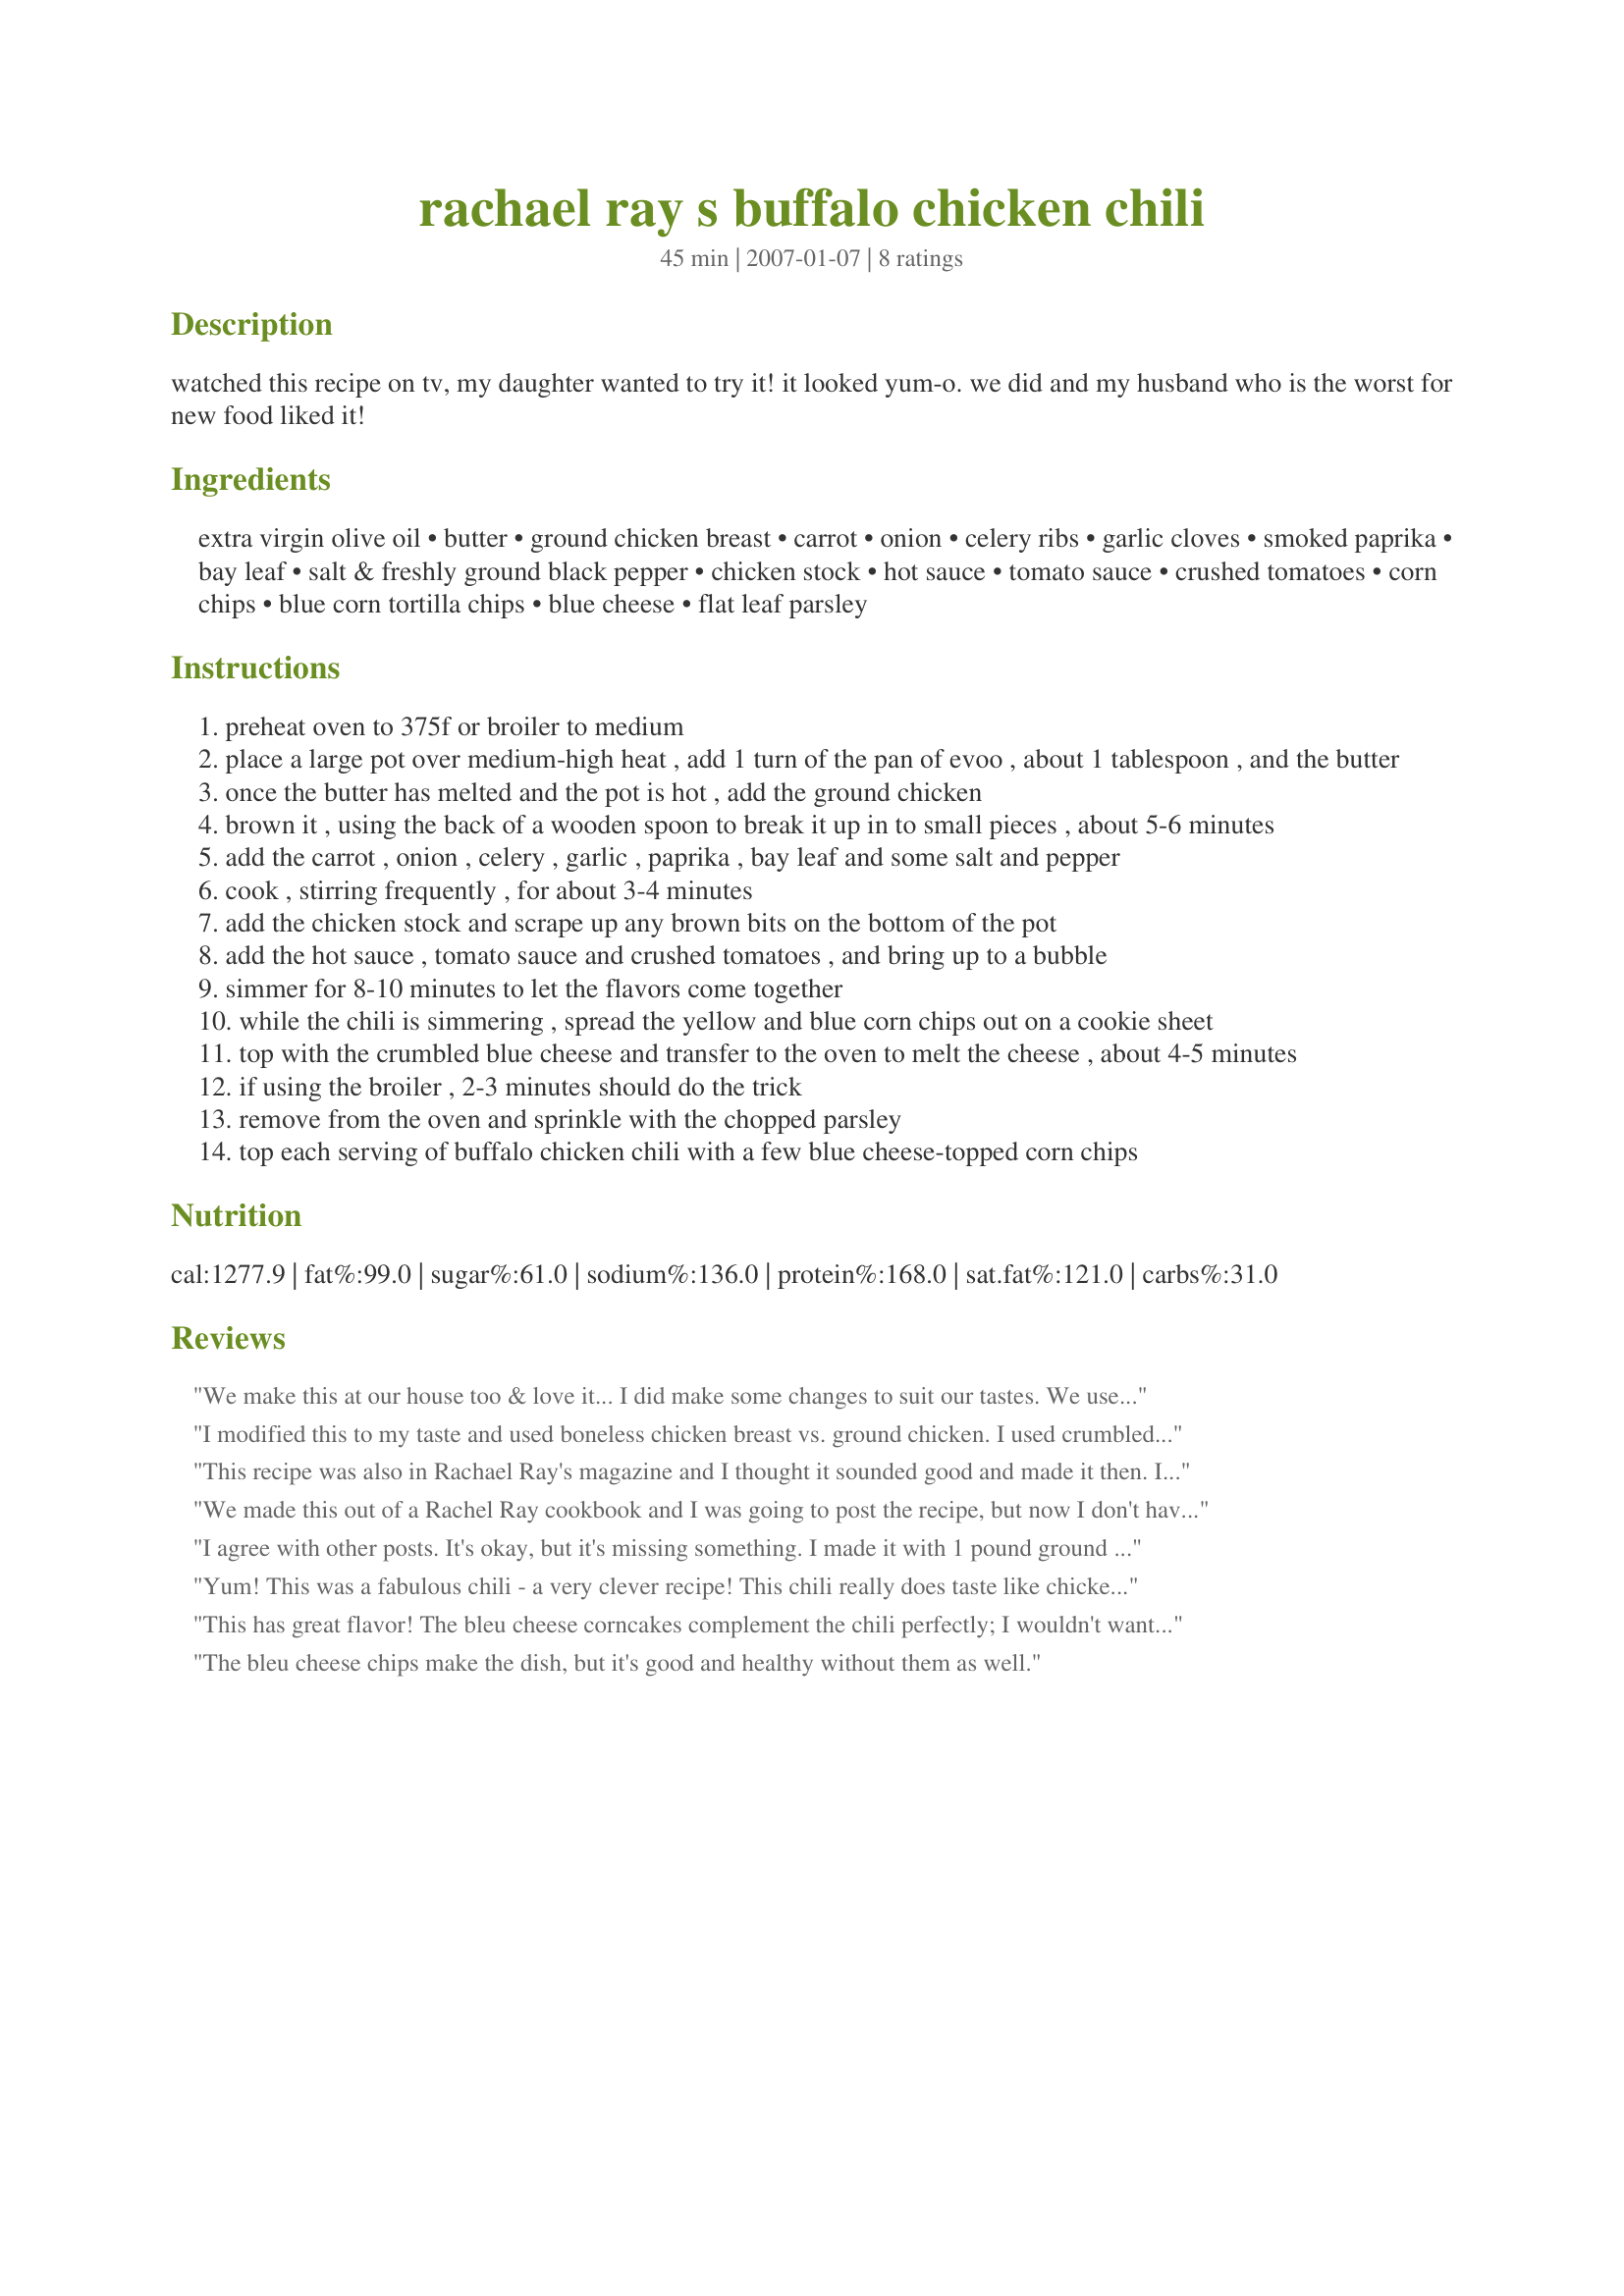
rachael ray s buffalo chicken chili
Preparation time: 45 minutes

watched this recipe on tv, my daughter wanted to try it! it looked yum-o. we did and my husband who is the worst for new food liked it!

Ingredients:
extra virgin olive oil, butter, ground chicken breast, carrot, onion, celery ribs, garlic cloves, smoked paprika, bay leaf, salt & freshly ground black pepper, chicken stock, hot sauce, tomato sauce, crushed tomatoes, corn chips, blue corn tortilla chips, blue cheese, flat leaf parsley

Steps:
preheat oven to 375f or broiler to medium
place a large pot over medium-high heat , add 1 turn of the pan of evoo , about 1 tablespoon , and the butter
once the butter has melted and the pot is hot , add the ground chicken
brown it , using the back of a wooden spoon to break it up in to small pieces , about 5-6 minutes
add the carrot , onion , celery , garlic , paprika , bay leaf and some salt and pepper
cook , stirring frequently , for about 3-4 minutes
add the chicken stock and scrape up any brown bits on the bottom of the pot
add the hot sauce , tomato sauce and crushed tomatoes , and bring up to a bubble
simmer for 8-10 minutes to let the flavors come together
while the chili is simmering , spread the yellow and blue corn chips out on a cookie sheet
top with the crumbled blue cheese and transfer to the oven to melt the cheese , about 4-5 minutes
if using the broiler , 2-3 minutes should do the trick
remove from the oven and sprinkle with the chopped parsley
top each serving of buffalo chicken chili with a few blue cheese-topped corn chips

Reviews:
We make this at our house too & love it... I did make some changes to suit our tastes. We use chicken cubed instead of ground & We also add a jar of northern beans drained.
I modified this to my taste and used boneless chicken breast vs. ground chicken. I used crumbled bleu cheese and celery as garnish instead of the tortillas. Made it spicier and more garlicky. It was tied in first place in the chili cook off I entered. (I&#039;m not sure what I&#039;ll do with the second Crock-Pot I won...) This is a great base recipe.
This recipe was also in Rachael Ray's magazine and I thought it sounded good and made it then. I didn't really enjoy it as I thought it needed something else, but didn't know what.
We made this out of a Rachel Ray cookbook and I was going to post the recipe, but now I don't have to! It was fantastic! We used one pound of chicken tenders, and added garlic powder, Italian seasoning, and more paprika. We just stirred the blue cheese into the chili and crumbled the chips in--no broiling for us! I will definitely do it that way again because the blue cheese added a lot of depth to the chili.
I agree with other posts. It's okay, but it's missing something. I made it with 1 pound ground chicken and 2 cans drained northern beans because I just feel chili needs beans, and I stirred in a tablespoon of bleu cheese into each bowl served. Still, it tasted like spicy tomato soup. Kinda boring.
Yum! This was a fabulous chili - a very clever recipe! This chili really does taste like chicken wings, complete with celery! Due to some shopping list confusion, I unfortunately had to make a substitution and use chicken breast instead of ground chicken, but it still tasted great! We don't care for blue cheese, so I melted grated sharp cheddar onto the tortilla chips. We will definitely make this again! Thanks, barefootmommawv! Made for My3Chefs 2008.
This has great flavor! The bleu cheese corncakes complement the chili perfectly; I wouldn't want one without the other. Very easy to make, though I had to substitute ground turkey as my grocery store does not have ground chicken.
The bleu cheese chips make the dish, but it's good and healthy without them as well.
